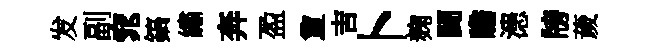
发副窕鎬繡奔盈夐吉卜麹闘瞻漶牓薉